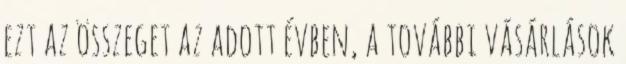
ezt az összeget az adott évben, a további vásárlások